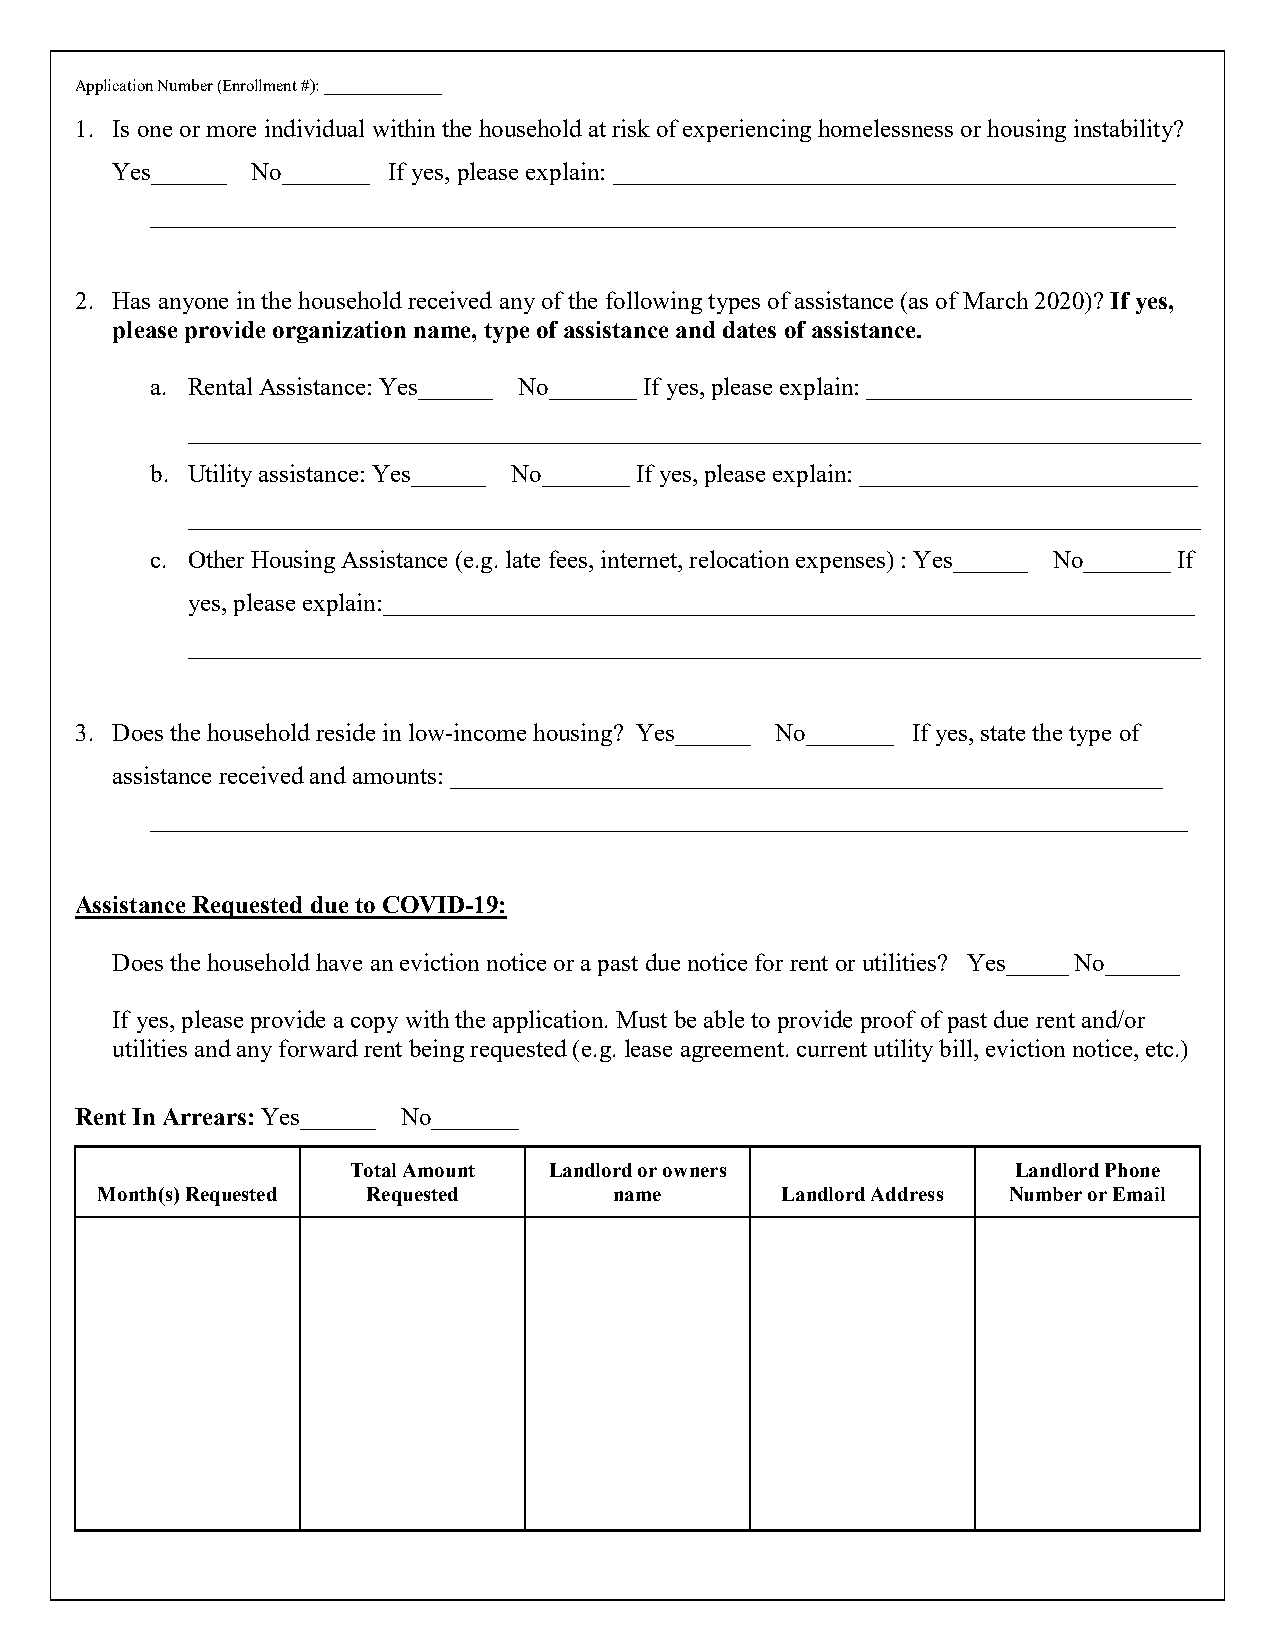
Application Number (Enrollment #): ______________
 1. Is one or more individual within the household at risk of experiencing homelessness or housing instability?
 Yes______ No_______ If yes, please explain: _____________________________________________
 __________________________________________________________________________________
 2. Has anyone in the household received any of the following types of assistance (as of March 2020)? If yes,
 please provide organization name, type of assistance and dates of assistance.
 a. Rental Assistance: Yes______ No_______ If yes, please explain: __________________________
 _________________________________________________________________________________
 b. Utility assistance: Yes______ No_______ If yes, please explain: ___________________________
 _________________________________________________________________________________
 c. Other Housing Assistance (e.g. late fees, internet, relocation expenses) : Yes______ No_______ If
 yes, please explain:_________________________________________________________________
 _________________________________________________________________________________
 3. Does the household reside in low-income housing? Yes______ No_______ If yes, state the type of
 assistance received and amounts: _________________________________________________________
 ___________________________________________________________________________________
 Assistance Requested due to COVID-19:
 Does the household have an eviction notice or a past due notice for rent or utilities? Yes_____ No______
 If yes, please provide a copy with the application. Must be able to provide proof of past due rent and/or
 utilities and any forward rent being requested (e.g. lease agreement. current utility bill, eviction notice, etc.)
 Rent In Arrears: Yes______ No_______
 Total Amount Landlord or owners             Landlord Phone
 Month(s) Requested Requested       name       Landlord Address Number or Email